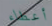
أعطاء